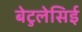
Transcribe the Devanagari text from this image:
बेटुलेसिई